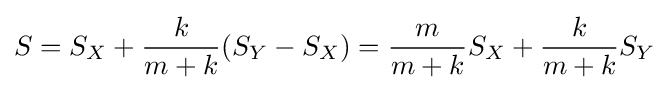
S=S_{X}+{\frac {k}{m+k}}(S_{Y}-S_{X})={\frac {m}{m+k}}S_{X}+{\frac {k}{m+k}}S_{Y}